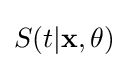
S(t|\mathbf {x} ,\mathbf {\theta } )